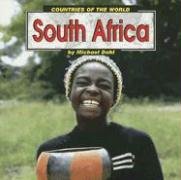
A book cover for South Africa (Countries of the World); Michael Dahl; Travel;